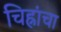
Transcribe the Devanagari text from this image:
चिह्नांचा